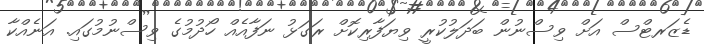
ޑެޒަރޓްސް އަށް ވިސްނުން ބަދަލުކުރީ ވިޔަފާރިކޮށް ރަގަޅު ނަފާއެއް ހޯދުމުގެ ވިސްނުމުގައި. އަނެއްކާ